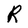
Character: R